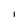
Character: i